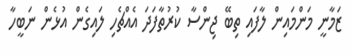
ޒަމާނީ މަންމައިން ލާފައި ތިބޭ ޖިންސާ ކުރުތާފަދަ އެއްޗެހި ލައިގެން އުޅެން ނަބީހާ